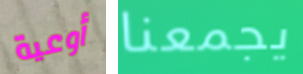
أوعية يجمعنا